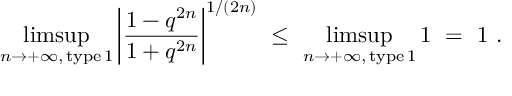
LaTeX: \operatorname * { l i m s u p } _ { n \to + \infty , \, \mathrm { t y p e \, 1 } } \left| \frac { 1 - q ^ { 2 n } } { 1 + q ^ { 2 n } } \right| ^ { 1 / ( 2 n ) } \ \le \ \operatorname * { l i m s u p } _ { n \to + \infty , \, \mathrm { t y p e \, 1 } } 1 \ = \ 1 \ .